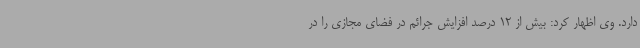
دارد. وی اظهار کرد: بیش از 12 درصد افزایش جرائم در فضای مجازی را در